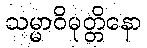
သမ္မာဝိမုတ္တိနော